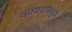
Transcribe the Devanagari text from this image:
कायदामधून